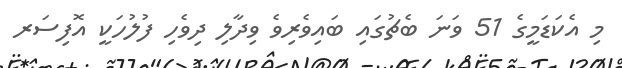
މި އެކަޑަމީގެ 51 ވަނަ ބެޗުގައި ބައިވެރިވެ ވިދާލި ދިވެހި ފުލުހަކީ އޮފިސަރ